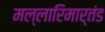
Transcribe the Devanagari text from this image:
मल्लारिमार्तंड